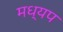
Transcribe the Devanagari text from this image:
मध्यप